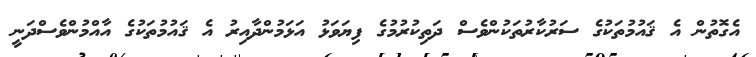
އެގޮތުން އެ ޤައުމުތަކުގެ ސަރުކާރުތަކުންވެސް ދަތިކުރުމުގެ ފިޔަވަޅު އަޅަމުންދާއިރު އެ ޤައުމުތަކުގެ އާއްމުންވެސްދަނީ